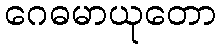
ဂေဓမာယုတော